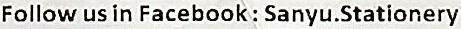
FOLLOW US IN FACEBOOK : SANYU.STATIONERY